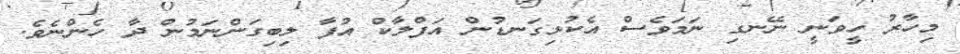
މިހާރު ހީވަނީ ނޭނގި ނަމަވެސް އެކުޅިގަނޑުން އަފްލާކް އުފާ ލިބިގަންނަމުން ދާ ހެންނެވެ.